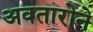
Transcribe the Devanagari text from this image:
अवतारोने